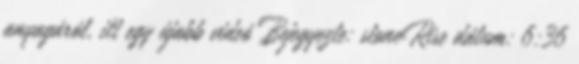
anyagáról, itt egy újabb videó Bejegyezte: stoneRise dátum: 6:36